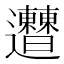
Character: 𨙠